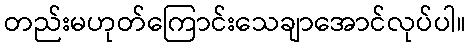
တည်းမဟုတ်ကြောင်းသေချာအောင်လုပ်ပါ။